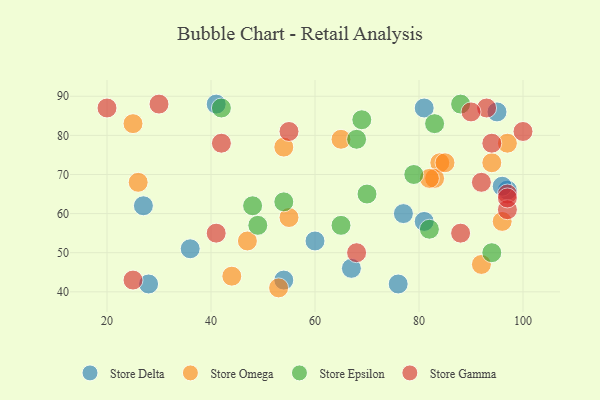
{"axis": {"x": "GDP", "y": "Life Expectancy"}, "legend": ["Store Delta", "Store Epsilon", "Store Gamma", "Store Omega"], "data": [{"x": "60", "y": 53, "type": "Store Delta"}, {"x": "81", "y": 87, "type": "Store Delta"}, {"x": "95", "y": 86, "type": "Store Delta"}, {"x": "97", "y": 66, "type": "Store Delta"}, {"x": "81", "y": 58, "type": "Store Delta"}, {"x": "41", "y": 88, "type": "Store Delta"}, {"x": "77", "y": 60, "type": "Store Delta"}, {"x": "36", "y": 51, "type": "Store Delta"}, {"x": "67", "y": 46, "type": "Store Delta"}, {"x": "76", "y": 42, "type": "Store Delta"}, {"x": "27", "y": 62, "type": "Store Delta"}, {"x": "28", "y": 42, "type": "Store Delta"}, {"x": "96", "y": 67, "type": "Store Delta"}, {"x": "54", "y": 43, "type": "Store Delta"}, {"x": "55", "y": 59, "type": "Store Omega"}, {"x": "84", "y": 73, "type": "Store Omega"}, {"x": "83", "y": 69, "type": "Store Omega"}, {"x": "97", "y": 78, "type": "Store Omega"}, {"x": "54", "y": 77, "type": "Store Omega"}, {"x": "47", "y": 53, "type": "Store Omega"}, {"x": "92", "y": 47, "type": "Store Omega"}, {"x": "94", "y": 73, "type": "Store Omega"}, {"x": "82", "y": 69, "type": "Store Omega"}, {"x": "26", "y": 68, "type": "Store Omega"}, {"x": "25", "y": 83, "type": "Store Omega"}, {"x": "53", "y": 41, "type": "Store Omega"}, {"x": "85", "y": 73, "type": "Store Omega"}, {"x": "65", "y": 79, "type": "Store Omega"}, {"x": "44", "y": 44, "type": "Store Omega"}, {"x": "96", "y": 58, "type": "Store Omega"}, {"x": "42", "y": 87, "type": "Store Epsilon"}, {"x": "69", "y": 84, "type": "Store Epsilon"}, {"x": "94", "y": 50, "type": "Store Epsilon"}, {"x": "48", "y": 62, "type": "Store Epsilon"}, {"x": "65", "y": 57, "type": "Store Epsilon"}, {"x": "68", "y": 79, "type": "Store Epsilon"}, {"x": "79", "y": 70, "type": "Store Epsilon"}, {"x": "70", "y": 65, "type": "Store Epsilon"}, {"x": "83", "y": 83, "type": "Store Epsilon"}, {"x": "88", "y": 88, "type": "Store Epsilon"}, {"x": "82", "y": 56, "type": "Store Epsilon"}, {"x": "49", "y": 57, "type": "Store Epsilon"}, {"x": "54", "y": 63, "type": "Store Epsilon"}, {"x": "97", "y": 65, "type": "Store Gamma"}, {"x": "88", "y": 55, "type": "Store Gamma"}, {"x": "55", "y": 81, "type": "Store Gamma"}, {"x": "93", "y": 87, "type": "Store Gamma"}, {"x": "94", "y": 78, "type": "Store Gamma"}, {"x": "97", "y": 61, "type": "Store Gamma"}, {"x": "20", "y": 87, "type": "Store Gamma"}, {"x": "41", "y": 55, "type": "Store Gamma"}, {"x": "68", "y": 50, "type": "Store Gamma"}, {"x": "30", "y": 88, "type": "Store Gamma"}, {"x": "42", "y": 78, "type": "Store Gamma"}, {"x": "100", "y": 81, "type": "Store Gamma"}, {"x": "97", "y": 64, "type": "Store Gamma"}, {"x": "25", "y": 43, "type": "Store Gamma"}, {"x": "90", "y": 86, "type": "Store Gamma"}, {"x": "92", "y": 68, "type": "Store Gamma"}]}